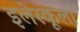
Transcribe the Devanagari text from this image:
इलेस्कूला